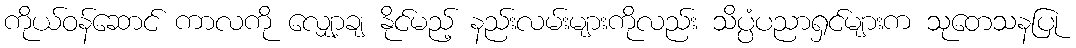
ကိုယ်ဝန်ဆောင် ကာလကို လျှော့ချ နိုင်မည့် နည်းလမ်းများကိုလည်း သိပ္ပံပညာရှင်များက သုတေသနပြု